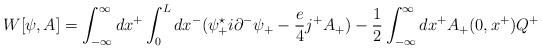
LaTeX: \begin{align*}W[{\psi},A] = \int_{-\infty}^{\infty} dx^{+} \int_0^L dx^{-} ({\psi}_{+}^{\star} i {\partial}^{-} {\psi}_{+} - \frac{e}{4} j^{+}A_{+} ) - \frac{1}{2} \int_{-\infty}^{\infty}dx^{+} A_{+}(0,x^{+}) Q^{+}\end{align*}